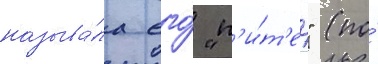
называ́ла его́ "п'и́т'ер" (по́